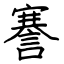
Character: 謇